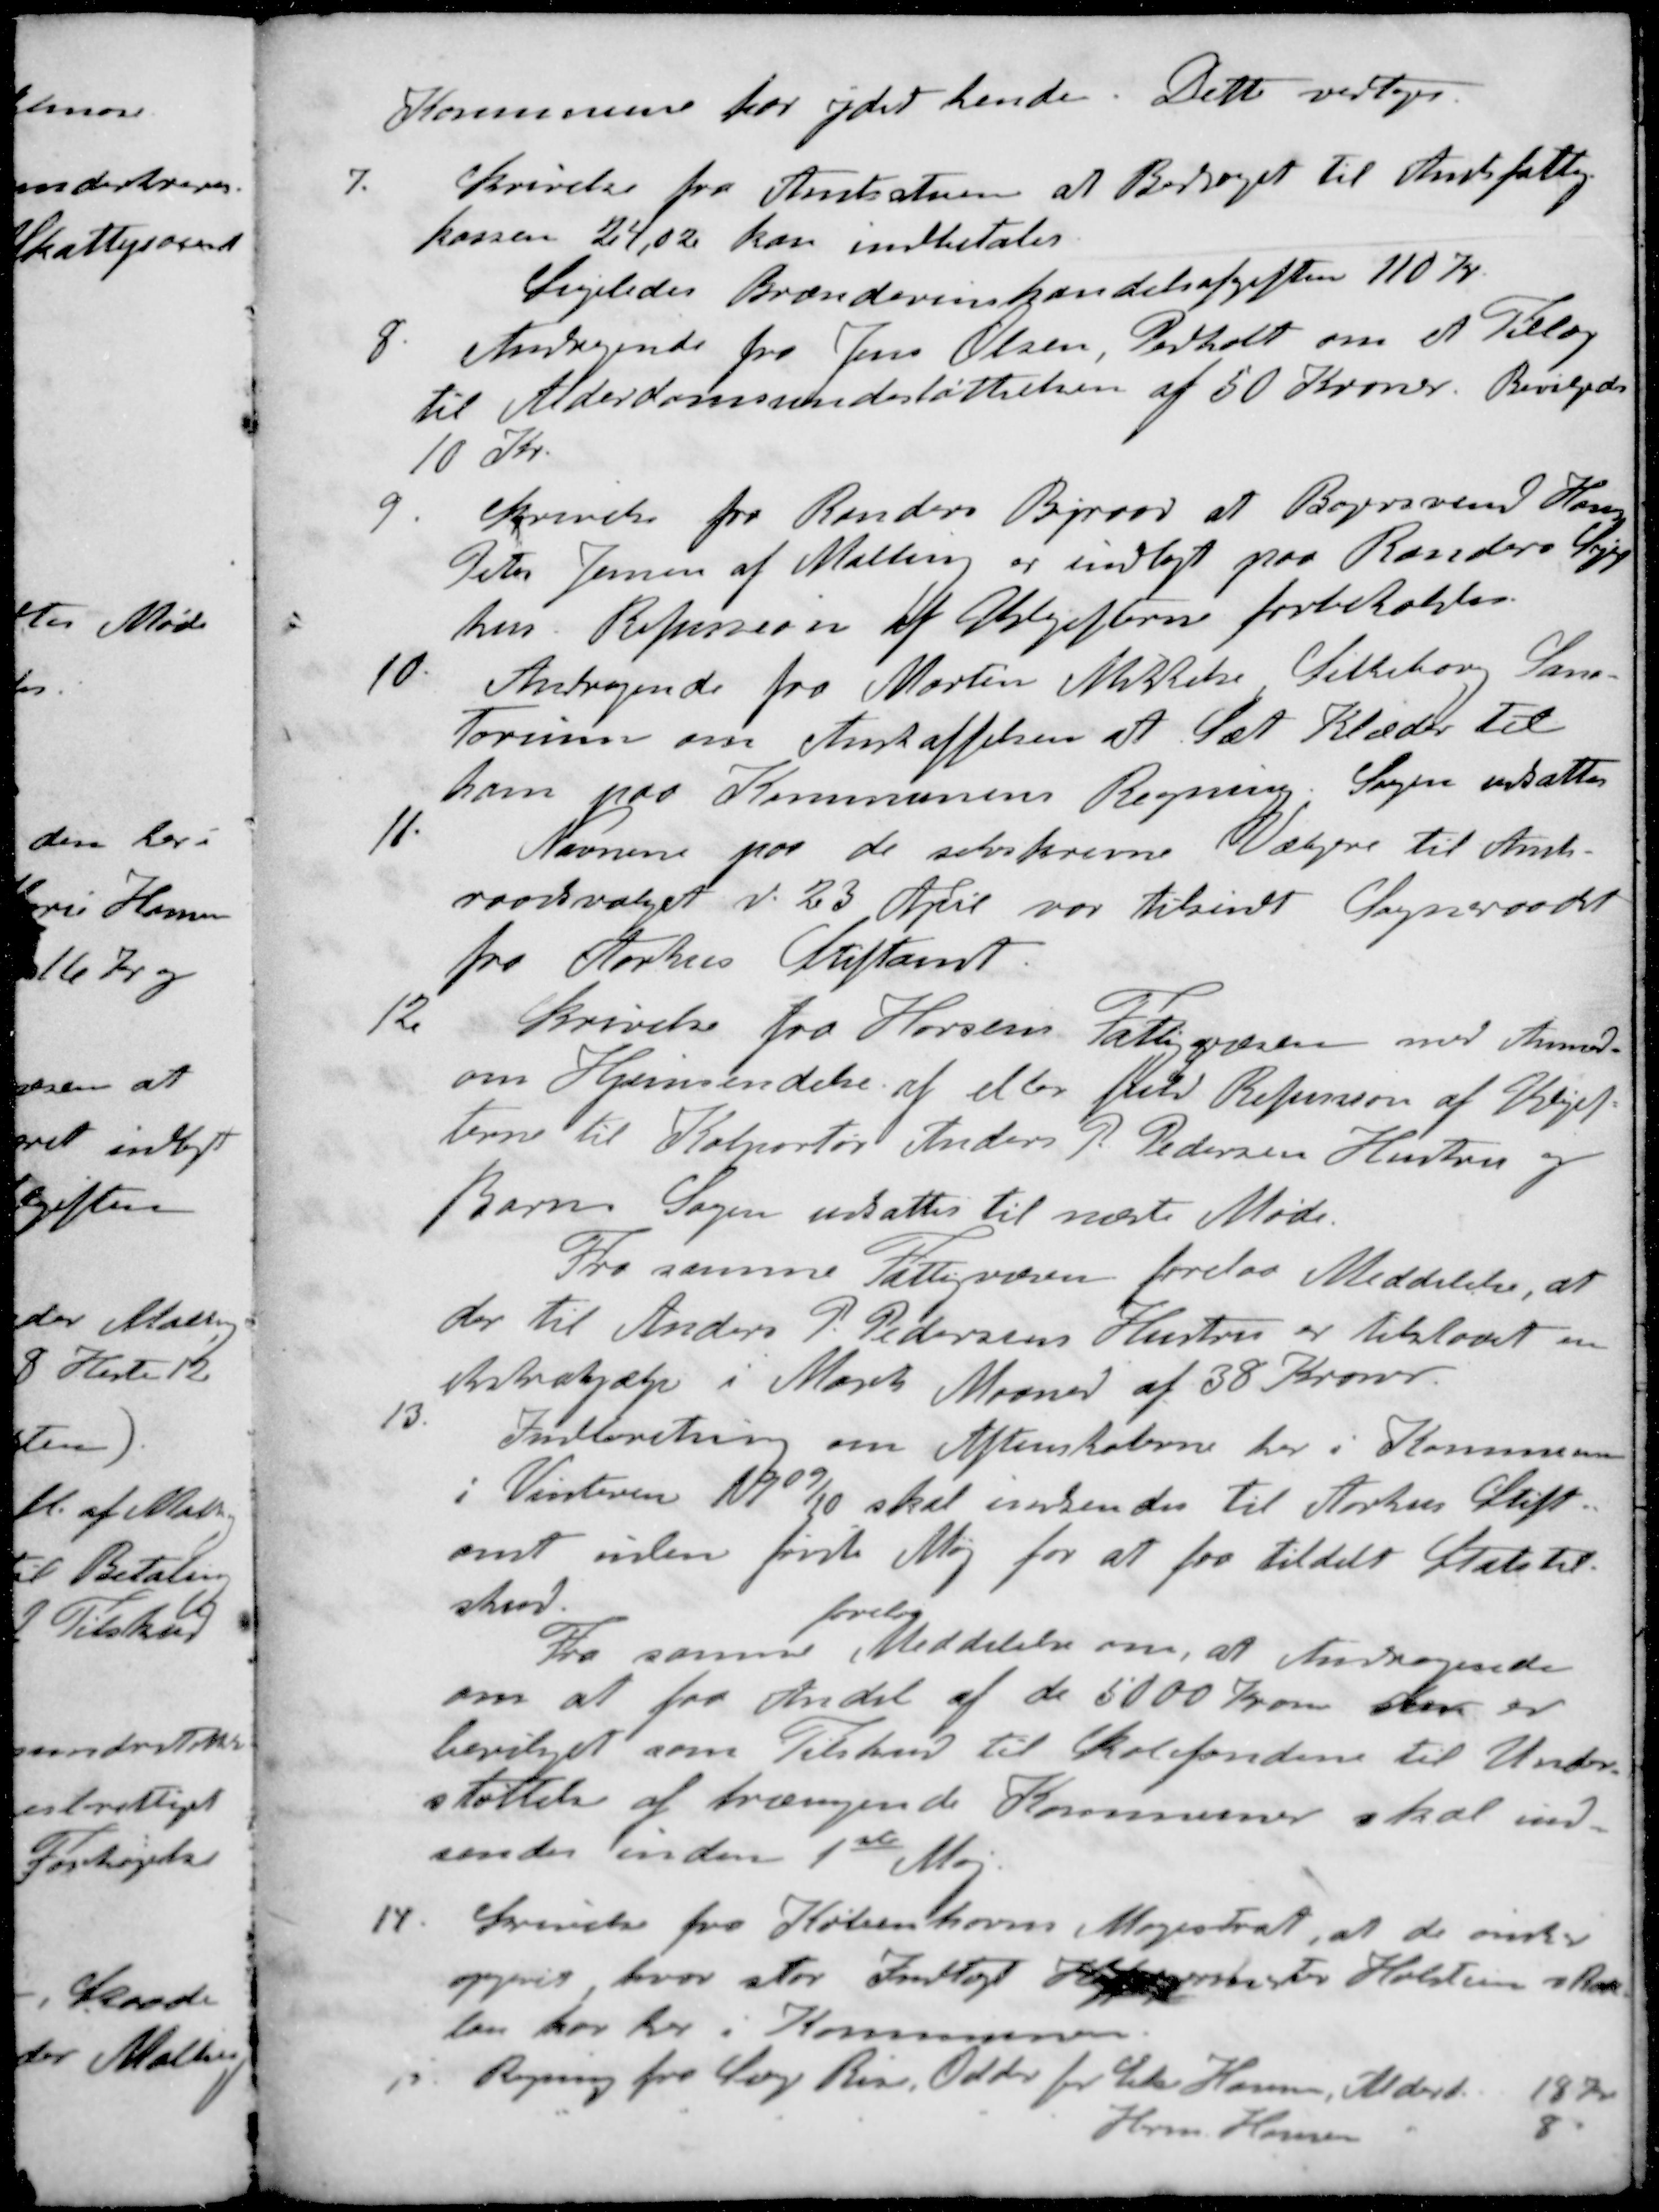
Transskription:
Kommune for ydet hende. Dette vedtoges.
7. Skrivelse fra Amtsstuen at Bidraget til Amtsfattig-
kassen 24,02 kan indbetales
Ligeledes Brændevinshandelsafgiften 110 Kr.
8. Andragende fra Jens Olsen, Pedholt om et Tillæg
til Alderdomsunderstøttelsen af 50 Kroner. Bevilgedes
10 Kr.
9. Skrivelse fra Randers Byraad at Bagersvend Hans
Peter Jensen af Malling er indlagt paa Randers Syge-
hus. Refussion af Udgifterne forbeholdes
10. Andragende fra Martin Mikkelse Silkeborg Sana-
toroum om Anstaffelsen at Sæt Klæder til
ham paa Kommunens Regning. Sagen udsattes
11. Navnene paa de selvskrevne Vælgere til Amts-
raadsvalget d. 23 April var tilsendt Sogneraadet
fra Aarhus Stiftamt
12 Skrivelse fra Horsens Fattigvæsen med Anmod
om Hjemsendelse af eller fuld Refusion af Udgif-
terne til Kolportør Anders P. Pedersens Hustru og
Barn. Sagen udsattes til næste Møde.
Fra samme Fattigvæsen forelaa Meddelelse, at
der til Anders P. Pedersens Hustru er tilstaaet en
ekstrahjælp i Marts Maaned af 38 Kroner.
13. Indberetning om Aftenskolerne her i Kommunen
i Vinteren 1909/10 skal indsendes til Aarhus Stift-
amt inden første Maj for at faa tildelt Statstil-
skud
forelaa
Fra samme Meddelelse om, at Andragende
om at fra Andel af de 5000 Kroner der er
bevilget som Tilskud til Skolefondene til Under-
støttelse af trængende Kommuner skal ind-
sendes inden 1ste Maj.
14. Skrivelse fra Københavns Magistrat, at de ønsker
opgivet hvor stor Indtægt Hofjægermester for Holstein v Rath-
lou har her i Kommunen.
15 Regning fra Læge Riis, Odder for Chr. Hansen, Alderd. 18 Kr
" " " " " " Herm. Hansen " 8